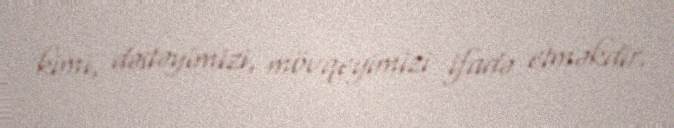
kimi, dəstəyimizi, mövqeyimizi ifadə etməkdir.